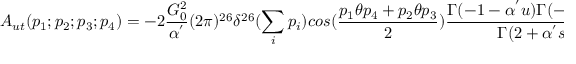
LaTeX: A _ { u t } ( p _ { 1 } ; p _ { 2 } ; p _ { 3 } ; p _ { 4 } ) = - 2 \frac { G _ { 0 } ^ { 2 } } { \alpha ^ { ' } } ( 2 \pi ) ^ { 2 6 } \delta ^ { 2 6 } ( \sum _ { i } p _ { i } ) c o s ( \frac { p _ { 1 } \theta p _ { 4 } + p _ { 2 } \theta p _ { 3 } } { 2 } ) \frac { \Gamma ( - 1 - \alpha ^ { ' } u ) \Gamma ( - 1 - \alpha ^ { ' } t ) } { \Gamma ( 2 + \alpha ^ { ' } s ) }